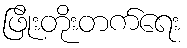
ဖြိုးတိုးတက်ရေး